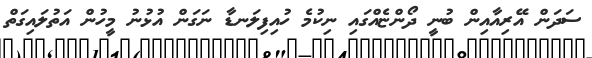
ސަދަން އޭރިއާއިން ބުނީ ދޯންޏެއްގައި ނިކުމެ ހުއިފިލަނޑާ ނަގަން އުޅުނު މީހުން އަތުލައިގަތް